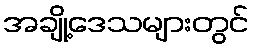
အချို့ဒေသများတွင်